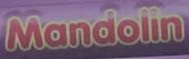
Mandolin